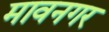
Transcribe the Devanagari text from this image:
मावनगर